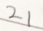
2 1